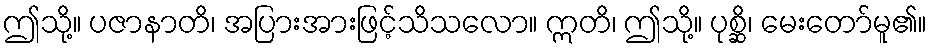
ဤသို့။ ပဇာနာတိ၊ အပြားအားဖြင့်သိသလော။ ဣတိ၊ ဤသို့။ ပုစ္ဆိ၊ မေးတော်မူ၏။